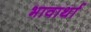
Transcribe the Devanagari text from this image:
भावार्था